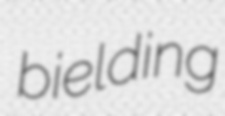
bielding